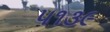
૫૧૩૯